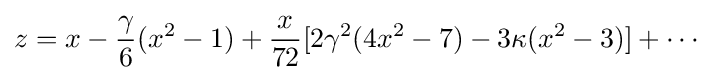
z=x-{\frac {\gamma }{6}}(x^{2}-1)+{\frac {x}{72}}[2\gamma ^{2}(4x^{2}-7)-3\kappa (x^{2}-3)]+\cdots